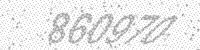
Solution: 860970